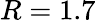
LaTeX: R=1.7